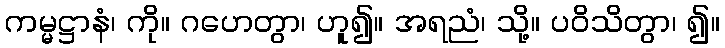
ကမ္မဋ္ဌာနံ၊ ကို။ ဂဟေတွာ၊ ဟူ၍။ အရညံ၊ သို့။ ပဝိသိတွာ၊ ၍။